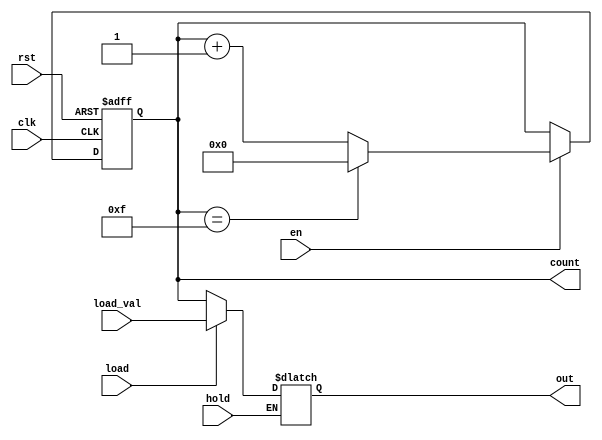
module synchronous_counter (
    input wire clk,            // Clock signal
    input wire rst,            // Asynchronous reset
    input wire en,             // Enable signal
    input wire hold,           // Hold signal
    input wire load,           // Load signal
    input wire [3:0] load_val, // Value to load into the counter
    output reg [3:0] count,    // Counter output
    output reg [3:0] out       // Final output
);

    // Counter logic
    always @(posedge clk or posedge rst) begin
        if (rst) begin
            count <= 4'b0000; // Reset counter to 0
        end else if (en) begin
            if (count == 4'b1111) begin
                count <= 4'b0000; // Wrap around on overflow
            end else begin
                count <= count + 1; // Increment counter
            end
        end
    end

    // Output control logic
    always @(*) begin
        if (hold) begin
            out = out; // Hold the current output
        end else if (load) begin
            out = load_val; // Load specified value into output
        end else begin
            out = count; // Update output with current count
        end
    end

endmodule